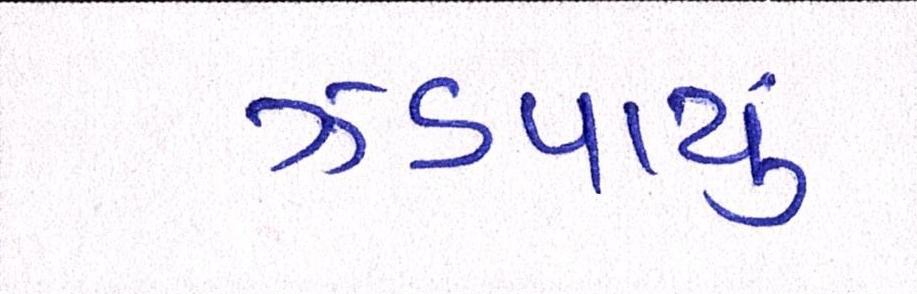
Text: ઝડપાયું